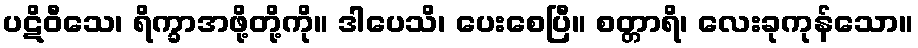
ပဋိဝီသေ၊ ရိက္ခာအဖို့တို့ကို။ ဒါပေသိ၊ ပေးစေပြီ။ စတ္တာရိ၊ လေးခုကုန်သော။